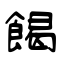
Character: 餲